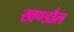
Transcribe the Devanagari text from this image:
खण्डौल